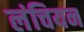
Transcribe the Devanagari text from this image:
लंचियन